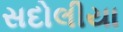
સદોલીયા